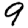
Digit: 9